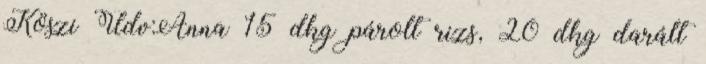
Köszi Üdv:Anna 15 dkg párolt rizs, 20 dkg darált